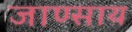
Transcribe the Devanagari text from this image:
जाण्साय